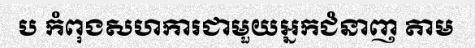
ប កំពុងសហការជាមួយអ្នកជំនាញ តាម